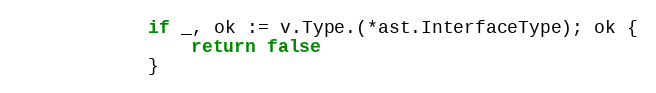
Language: Go
			if _, ok := v.Type.(*ast.InterfaceType); ok {
				return false
			}